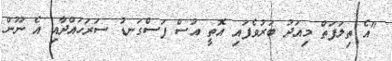
"އެ ތިލަފަތް މިއަދު ބަރުވެފައި އޮތީ އުސް ފަސްގަނޑު ސަރަހައްދާއި އެ ނޫން